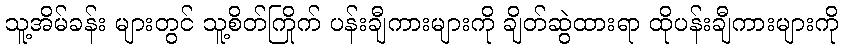
သူ့အိမ်ခန်း များတွင် သူ့စိတ်ကြိုက် ပန်းချီကားများကို ချိတ်ဆွဲထားရာ ထိုပန်းချီကားများကို